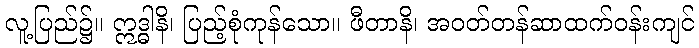
လူ့ပြည်၌။ ဣဒ္ဓါနိ၊ ပြည့်စုံကုန်သော။ ဖီတာနိ၊ အဝတ်တန်ဆာထက်ဝန်းကျင်